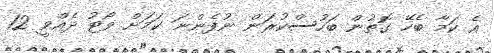
އެ ކަމާ ބެހޭ ގޮތުން ބަހުސްކުރަން ނުފެންނަ ކަމަށް ވޯޓު ދެއްވީ 12